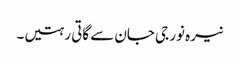
نیرہ نور جی جان سے گاتی رہتیں۔